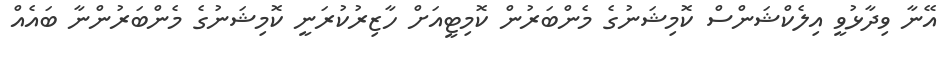
އޭނާ ވިދާޅުވީ އިލެކްޝަންސް ކޮމިޝަނުގެ މެންބަރުން ކޮމިޓީއަށް ހާޒިރުކުރަނީ ކޮމިޝަނުގެ މެންބަރުންނާ ބައެއް